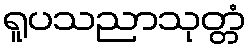
ရူပသညာသုတ္တံ